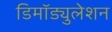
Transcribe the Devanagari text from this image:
डिमॉड्युलेशन